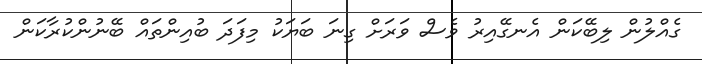
ގެއްލުން ލިބޭކަން އެނގޭއިރު ވެސް ވަރަށް ގިނަ ބަޔަކު މިފަދަ ބުއިންތައް ބޭނުންކުރާކަން